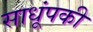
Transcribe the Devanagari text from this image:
साधूंपकी